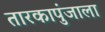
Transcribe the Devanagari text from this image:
तारकापुंजाला